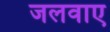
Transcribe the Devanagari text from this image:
जलवाए